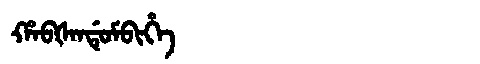
Manchu: ᡥᠠᠪᡧᠠᠨᡩᡠᠮᠪᡳᡥᡝ
Romanization: HABŠANDUMBIHE